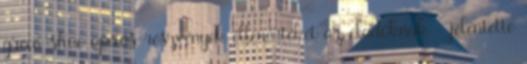
green shoe opciós részvények ellenértékét az eladóknak - jelentette